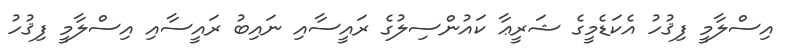
އިސްލާމީ ފިޤުހު އެކަޑެމީގެ ޝަރީޢާ ކައުންސިލުގެ ރައީސާއި ނައިބު ރައީސާއި އިސްލާމީ ފިޤުހު